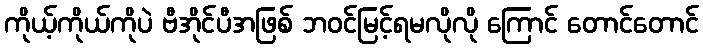
ကိုယ့်ကိုယ်ကိုပဲ ဗီအိုင်ပီအဖြစ် ဘဝင်မြင့်ရမလိုလို ကြောင် တောင်တောင်